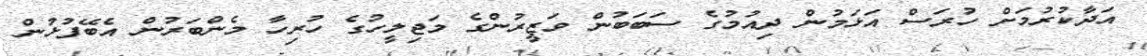
އަދާކުރުމަށް ހުރަސް އަޅަމުން ދިއުމުގެ ސަބަބުން ވަޒީރުންގެ މަޖިލީހުގެ ހުރިހާ މެންބަރުން އެބޭފުޅުން